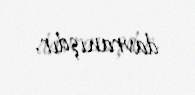
davranışdır.